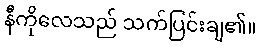
နီကိုလေသည် သက်ပြင်းချ၏။